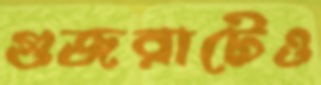
গুজরাটেও